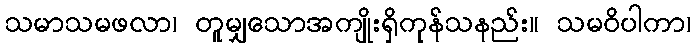
သမာသမဖလာ၊ တူမျှသောအကျိုးရှိကုန်သနည်း။ သမဝိပါကာ၊